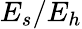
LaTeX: E_{s}/E_{h}